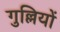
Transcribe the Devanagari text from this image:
गुल्लियों